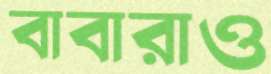
বাবারাও